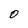
Character: 0